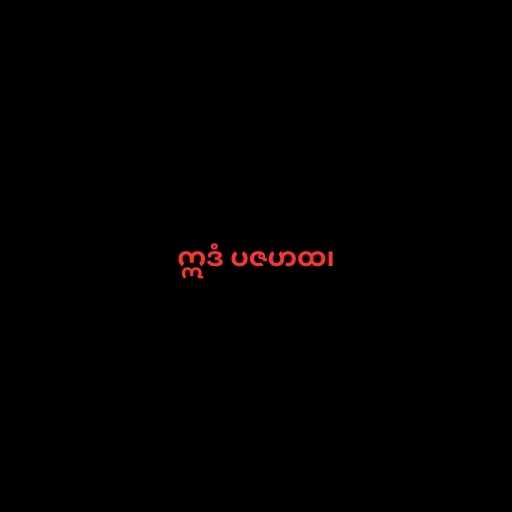
ဣဒံ ပဇဟထ၊